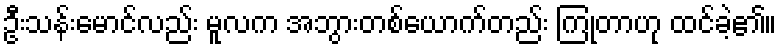
ဦးသန်းမောင်လည်း မူလက အဘွားတစ်ယောက်တည်း ကြုံတာဟု ထင်ခဲ့၏။